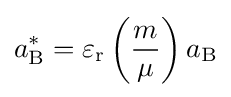
a_{\rm {B}}^{*}=\varepsilon _{\rm {r}}\left({\frac {m}{\mu }}\right)a_{\rm {B}}